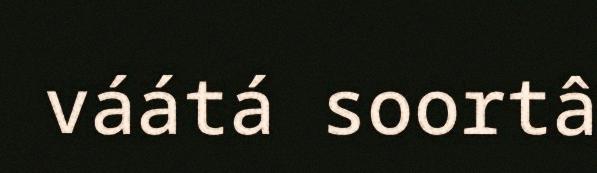
váátá soortâ